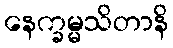
နေက္ခမ္မသိတာနိ